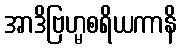
အာဒိဗြဟ္မစရိယကာနိ